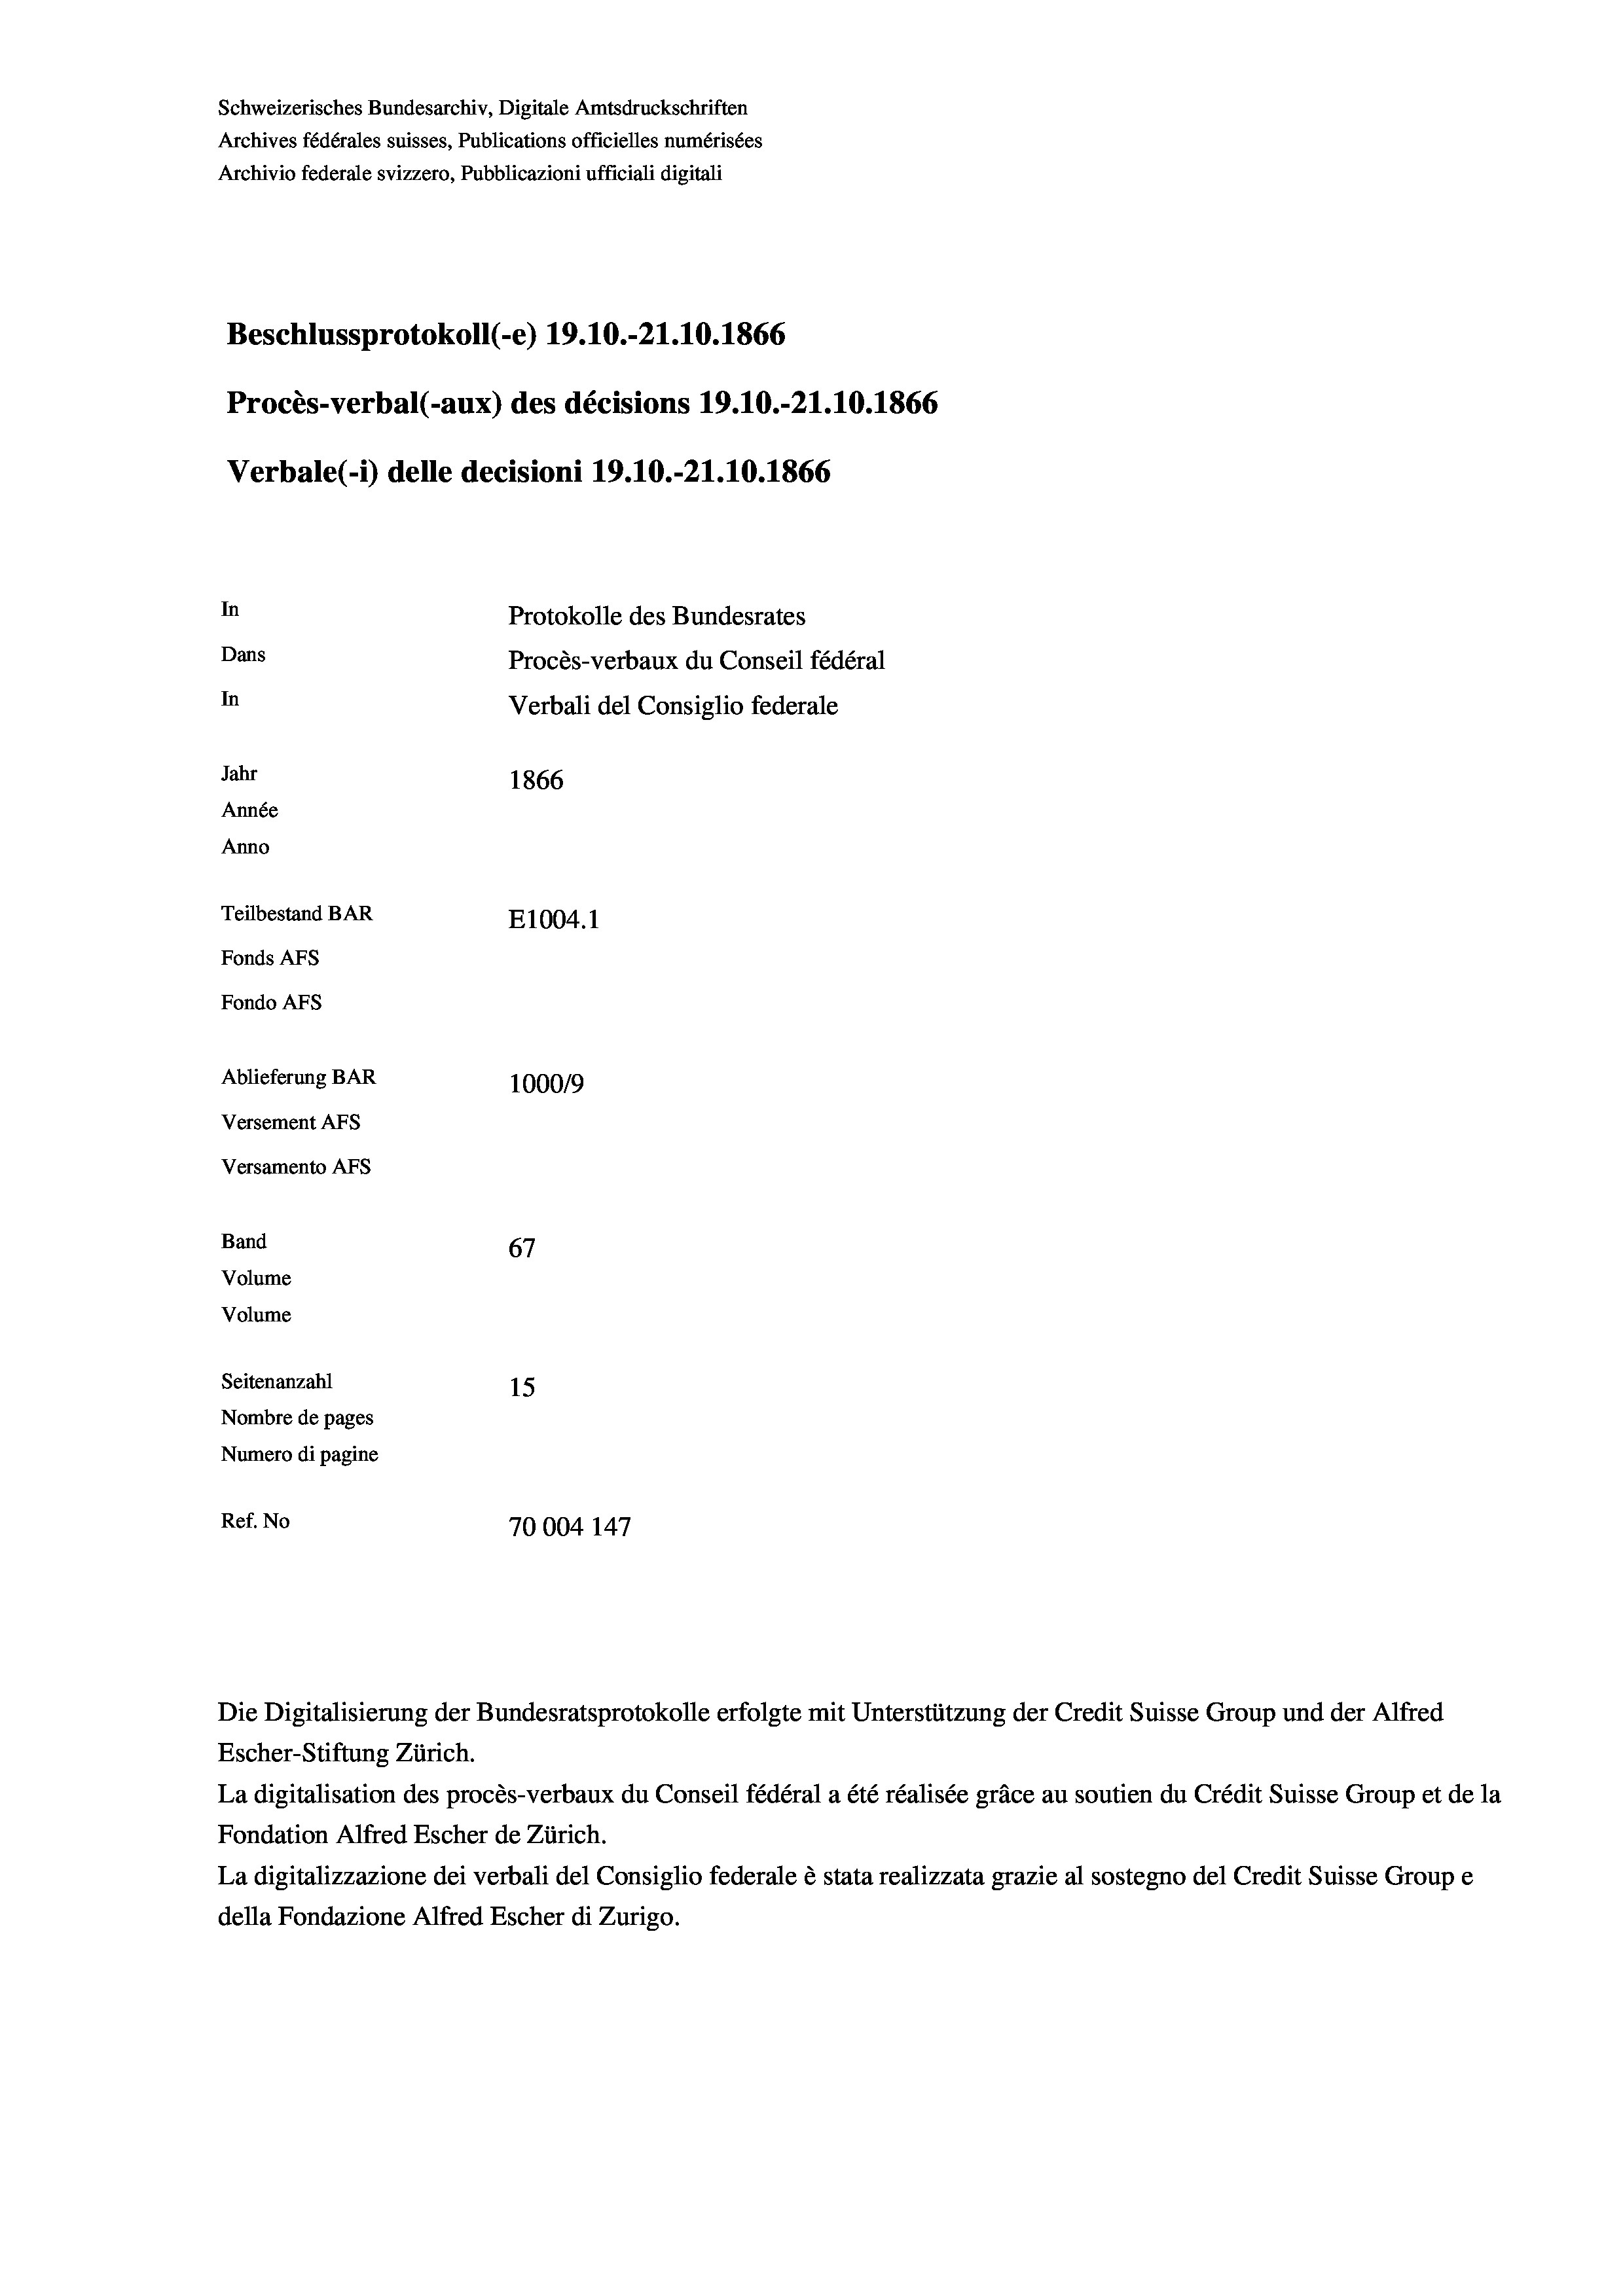
Schweizerisches Bundesarchiv, Digitale Amtsdruckschriften
Archives fédérales suisses, Publications officielles numérisées
Archivio federale svizzero, Pubblicazioni ufficiali digitali
Beschlussprotokoll (-e) 19.10.-21.10.1866
Procès-verbal (-aux) des décisions 19.10.-21.10.1866
Verbale(*) delle decisioni 19.10.-21.10.1866
In
Protokolle des Bundesrates
Dans
Procès-verbaux du Conseil fédéral
In
Verbali del Consiglio federale
Jahr
1866
Année
Anno
Teilbestand BAR
E1004. 1
Fonds AFs
Fondo Afs
Ablieferung BAR
100019
Versement AFs

Versamento Afs
Band
Volume
Volume
Seitenanzahl

67
15
Nombre de pages
Numero di pagine
Ref. No
70004 147

Die Digitalisierung der Bundesratsprotokolle erfolgte mit Unterstützung der Credit Suisse Group und der Alfred

Escher-Stiftung Zürich.
La digitalisation des procès-verbaux du Conseil fédéral a été réalisée gräce au soutien du Crédit Suisse Group et de la
Fondation Alfred Escher de Zürich.
La digitalizzazione dei verbali del Consiglio federale è stata realizzata grazie al sostegno del Credit Suisse Groupe
della Fondazione Alfred Escher di Zurigo.